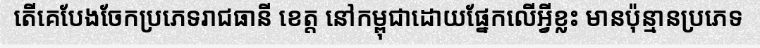
តើគេបែងចែកប្រភេទរាជធានី ខេត្ត នៅកម្ពុជាដោយផ្នែកលើអ្វីខ្លះ មានប៉ុន្មានប្រភេទ